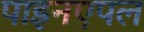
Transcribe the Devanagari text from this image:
पाइनएपल